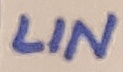
Text: LIN